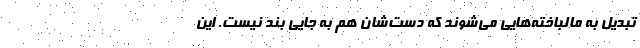
تبدیل به مالباخته‌هایی می‌شوند که دست‌شان هم به جایی بند نیست. این